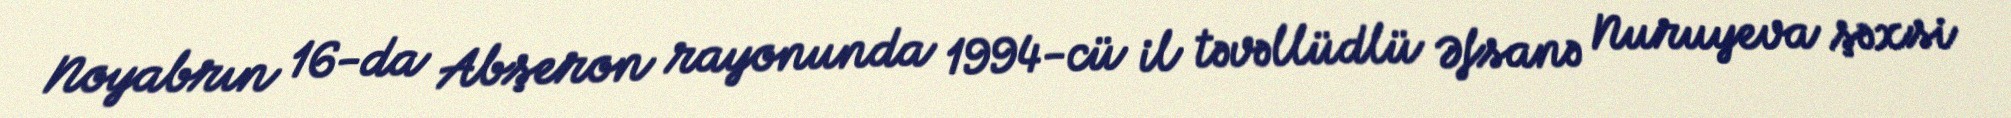
Noyabrın 16-da Abşeron rayonunda 1994-cü il təvəllüdlü Əfsanə Nuruyeva şəxsi